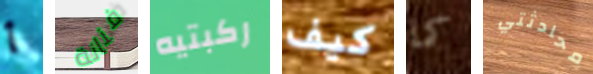
أ فنانة ركبتيه كيف كما محادثتي